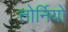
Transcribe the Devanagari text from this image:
तोर्नियो